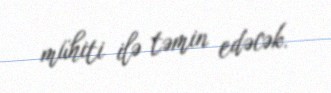
mühiti ilə təmin edəcək.